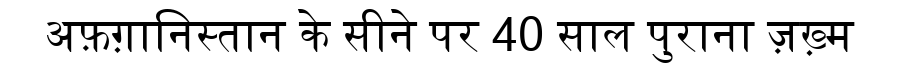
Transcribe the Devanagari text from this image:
अफ़ग़ानिस्तान के सीने पर 40 साल पुराना ज़ख़्म